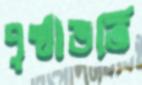
পৃষ্ঠাভর্তি